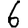
Digit: 6